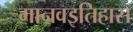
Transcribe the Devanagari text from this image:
मानवइतिहास